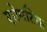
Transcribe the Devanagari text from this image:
एरोमटिक